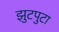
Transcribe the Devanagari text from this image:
झुटपुटा